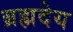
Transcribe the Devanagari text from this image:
ब्रह्मदेय